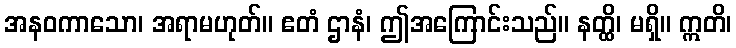
အနဝကာသော၊ အရာမဟုတ်။ ဧတံ ဌာနံ၊ ဤအကြောင်းသည်။ နတ္ထိ၊ မရှိ။ ဣတိ၊